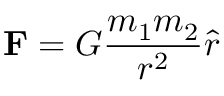
\mathbf { F } = G \frac { m _ { 1 } m _ { 2 } } { r ^ { 2 } } \hat { r }